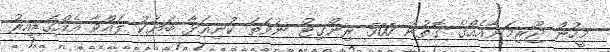
މީހުން ޖޫރިމަނާއެއްގެ ގޮތުން 500 ރިންގިޓް ނުވަތަ ކުނިއަޅާ ބަޔަކު ލައްވާ އެއްގަޑިއިރު